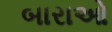
બારાઓ